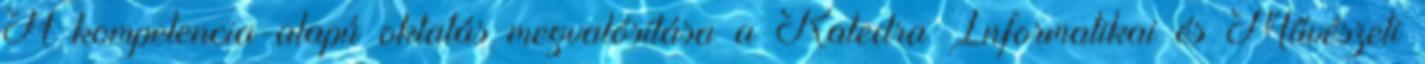
A kompetencia-alapú oktatás megvalósítása a Katedra Informatikai és Művészeti